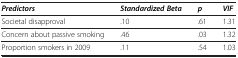
| Predictors | Standardized Beta | p | VIF |
 | --- | --- | --- | --- |
 | Societal disapproval | .10 | .61 | 1.31 |
 | Concern about passive smoking | .46 | .03 | 1.32 |
 | Proportion smokers in 2009 | .11 | .54 | 1.03 |